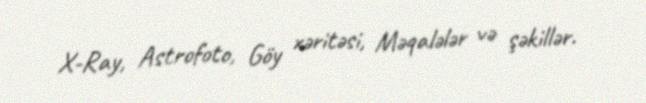
X-Ray, Astrofoto, Göy xəritəsi, Məqalələr və şəkillər.